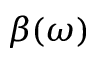
\beta ( \omega )